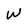
Character: W